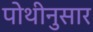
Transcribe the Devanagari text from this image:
पोथीनुसार